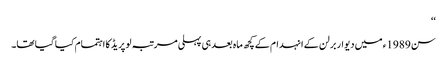
‘‘
سن 1989ء میں دیوار برلن کے انہدام کے کچھ ماہ بعد ہی پہلی مرتبہ لو پریڈ کا اہتمام کیا گیا تھا۔